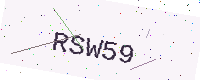
Text: RSW59